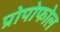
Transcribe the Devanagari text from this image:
प्रोपोफोल